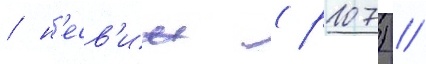
/ н'есв'иж (р107) /